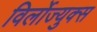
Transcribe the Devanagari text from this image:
विर्लोज्युक्स